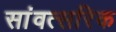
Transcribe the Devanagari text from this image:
सांवत्सरिक